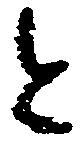
と